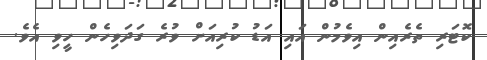
ކޮޓަރި ތެރެއިން އިވެމުން އައި އަޑު ކުރިއަށް ވުރެ ގަދަވިހެން ހީވި އެވެ.